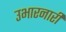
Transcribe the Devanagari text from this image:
उभारनारी